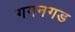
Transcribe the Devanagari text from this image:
गगनगड